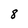
Character: 8